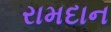
રામદાન